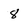
Character: 8